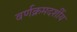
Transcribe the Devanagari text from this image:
वर्णक्रमदर्शीय